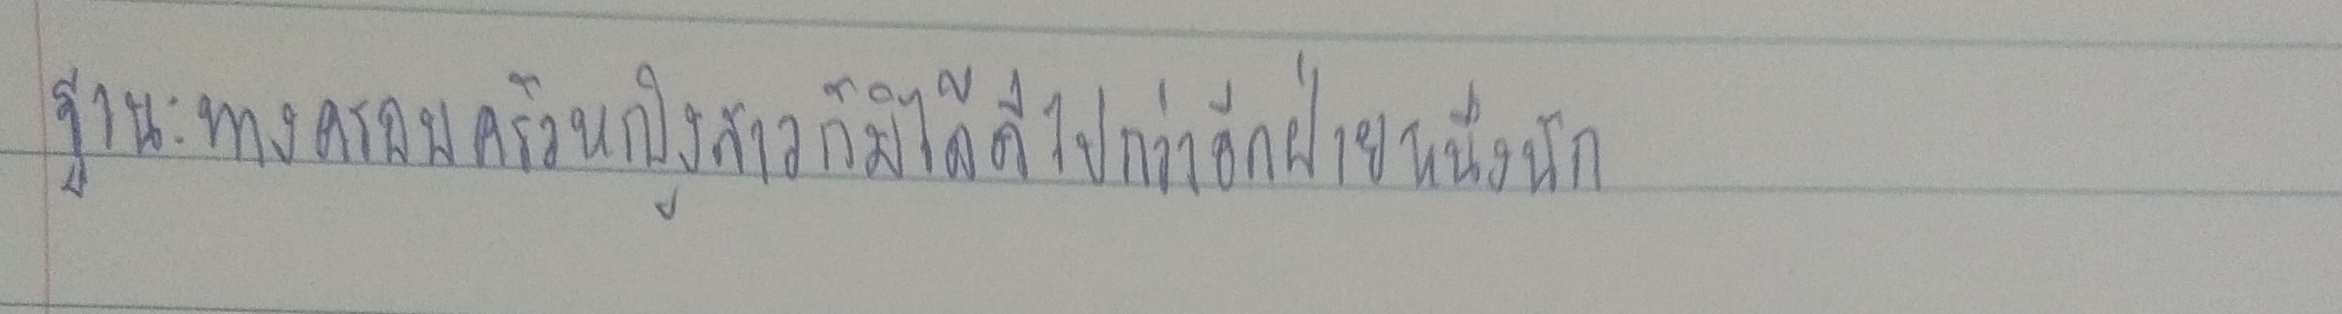
ฐานะทางครอบครัวหญิงสาวก็มิได้ดีไปกว่าอีกฝ่ายหนึ่งนัก